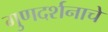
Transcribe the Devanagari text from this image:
गुणदर्शनाचे